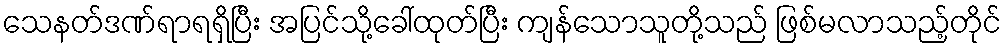
သေနတ်ဒဏ်ရာရရှိပြီး အပြင်သို့ခေါ်ထုတ်ပြီး ကျန်သောသူတို့သည် ဖြစ်မလာသည့်တိုင်